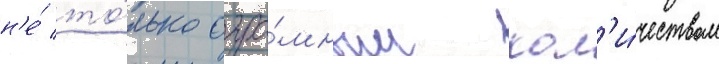
н'е́ то́лько огро́мным кол'и́чеством